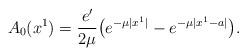
LaTeX: \begin{align*}A_0 (x^1) = {e'\over {2\mu}} \big (e^{-\mu |x^1|} - e^{-\mu|x^1-a|}\big ).\end{align*}